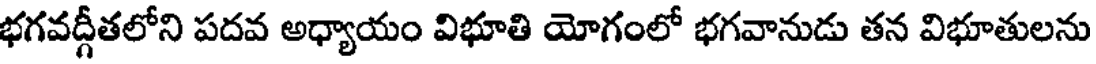
భగవద్గీతలోని పదవ అధ్యాయం విభూతి యోగంలో భగవానుడు తన విభూతులను